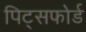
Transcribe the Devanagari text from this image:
पिट्सफोर्ड